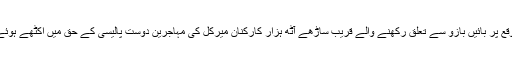
اس موقع پر بائیں بازو سے تعلق رکھنے والے قریب ساڑھے آٹھ ہزار کارکنان میرکل کی مہاجرین دوست پالیسی کے حق میں اکٹھے ہوئے ہیں۔